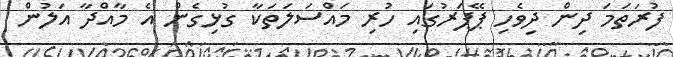
ފުރަތަމަ ދިން ދިވެހި ޕޭޕަރުގައި ހުރި މައްސަލަތަކާ ގުޅިގެން އެ މާއްދާ އަލުން